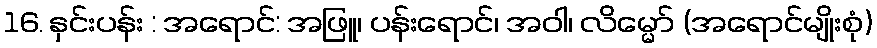
16. နှင်းပန်း : အရောင်: အဖြူ၊ ပန်းရောင်၊ အဝါ၊ လိမ္မော် (အရောင်မျိုးစုံ)